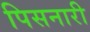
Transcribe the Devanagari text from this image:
पिसनारी